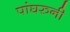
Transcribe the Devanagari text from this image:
पांघरुनी